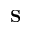
\mathbf { S }